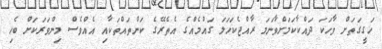
ހަގީގަތަށް ވާހަކަ ދައްކާކަމަށްވާނަމަ ރާއްޖެކަހަލަ ގައުމެއްގެ އެތެރޭގެ ކަންތައްތަކާއި އެއްވެސް މިންވަރަކަށް ބެހި